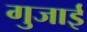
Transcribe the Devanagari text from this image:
गुजाई